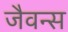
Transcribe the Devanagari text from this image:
जैवन्स